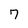
Character: 7